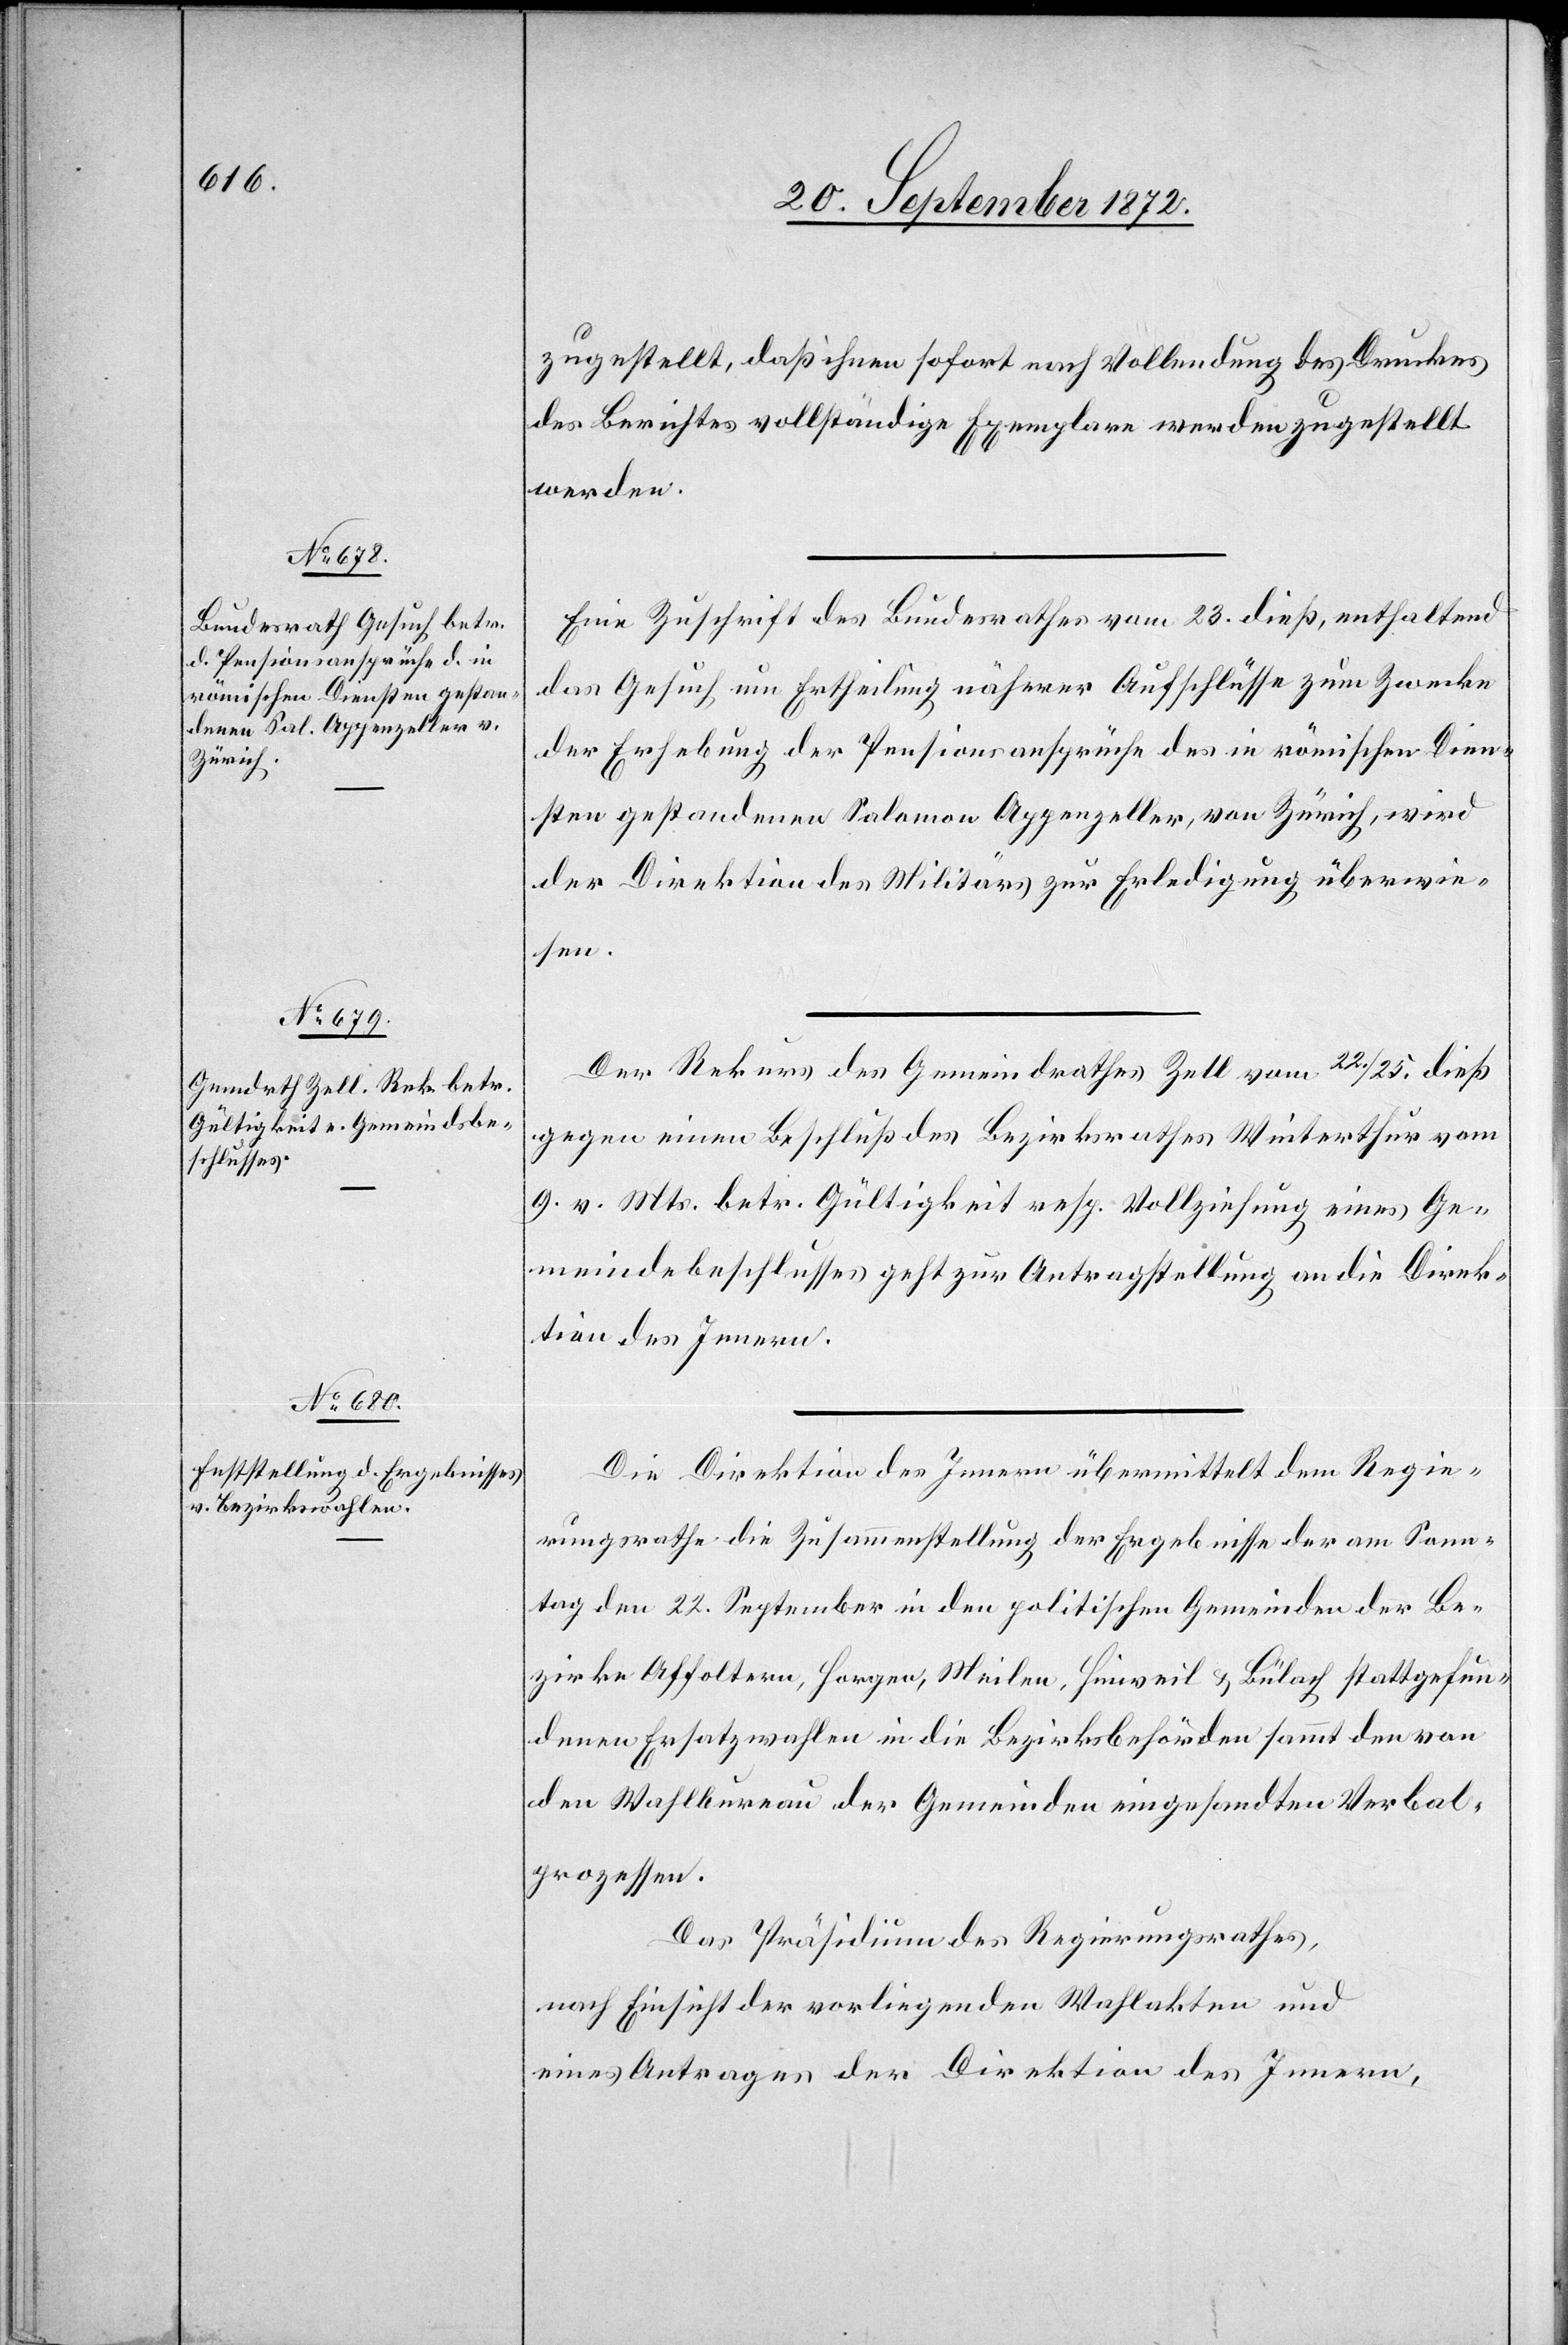
26. September 1872.]
zugestellt, daß ihnen sofort nach Vollendung des Druckes
des Berichtes vollständige Exemplare werden zugestellt
werden.
Eine Zuschrift des Bundesrathes vom 23. dieß, enthaltend
das Gesuch um Ertheilung näherer Aufschlüsse zum Zwecke
der Erhebung der Pensionsansprüche des in römischen Dien¬
sten gestandenen Salomon Appenzeller, von Zürich, wird
der Direktion des Militärs zur Erledigung überwie¬
sen.
Der Rekurs des Gemeindrathes Zell vom 22./25. dieß
gegen einen Beschluß des Bezirksrathes Winterthur vom
9. v. Mts. betr. Gültigkeit resp. Vollziehung eines Ge¬
meindebeschlusses geht zur Antragstellung an die Direk¬
tion des Innern.
Die Direktion des Innern übermittelt dem Regie¬
rungsrathe die Zusammenstellung der Ergebnisse der am Sonn¬
tag den 22. September in den politischen Gemeinden der Be¬
zirke Affoltern, Horgen, Meilen, Hinweil u. Bülach stattgefun¬
denen Ersatzwahlen in die Bezirksbehörden sammt den von
den Wahlbureau der Gemeinden eingesandten Verbal¬
prozessen.
Das Präsidium des Regierungsrathes,
nach Einsicht der vorliegenden Wahlakten und
eines Antrages der Direktion des Innern,